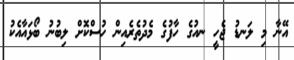
އޭނާ މި ލަނޑު ޖެހީ ނއުގެ ހާފުގެ މެދުތެރެެއިން ހުސްކޮށް ލިބުނު ބޯޅައާއެކު